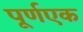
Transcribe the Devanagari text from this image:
पूर्णएक